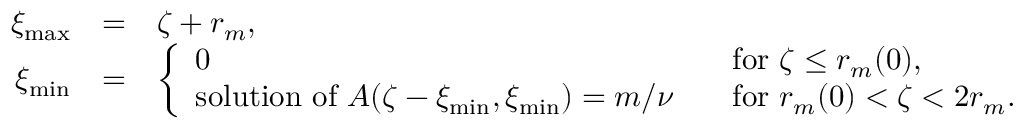
\begin{array} { r l l } { \xi _ { \operatorname* { m a x } } } & { = } & { \zeta + r _ { m } , \medskip } \\ { \xi _ { \operatorname* { m i n } } } & { = } & { \left\{ \begin{array} { l l } { 0 } & { \mathrm { ~ f o r ~ } \zeta \leq r _ { m } ( 0 ) , \medskip } \\ { \mathrm { s o l u t i o n ~ o f ~ } A ( \zeta - \xi _ { \operatorname* { m i n } } , \xi _ { \operatorname* { m i n } } ) = m / \nu \; \; } & { \mathrm { ~ f o r ~ } r _ { m } ( 0 ) < \zeta < 2 r _ { m } . } \end{array} \right. } \end{array}